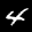
Label: 4